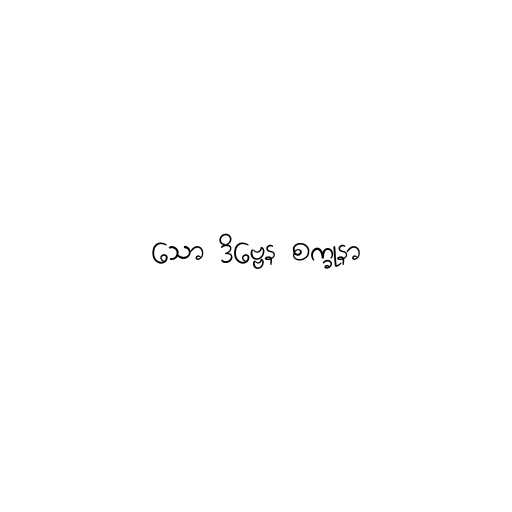
သော ဒိဗ္ဗေန စက္ခုနာ